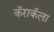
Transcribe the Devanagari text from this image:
कॅराकॅला